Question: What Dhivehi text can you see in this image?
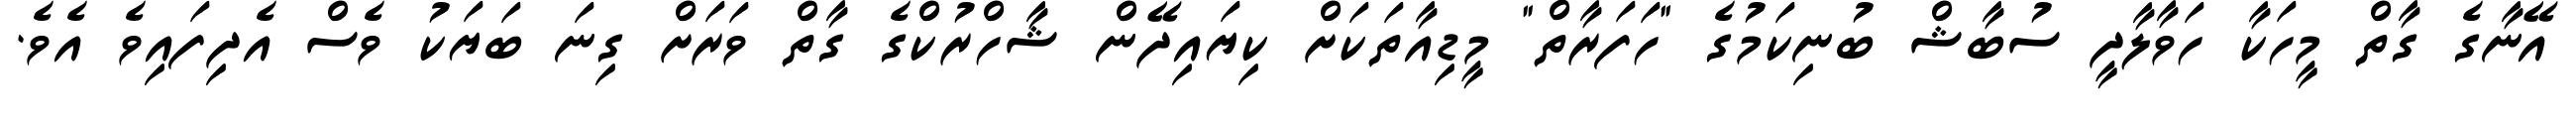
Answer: އޭނާގެ ގާތް މީހަކާ ހަވާލާދީ ސުބާޝް ބުނިކަމުގެ "ހަފަރާތް" މީޑިއާތަކަށް ކިޔައިދޭން ޝާހްރުކްގެ ގާތް ވަރަށް ގިނަ ބަޔަކު ވެސް އެދިފައިވެ އެވެ.